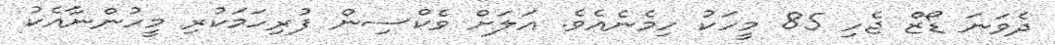
ދެވަނަ ޑޯޒް ޖެހި 85 މީހަކު ހިމެނެއެވެ. އަލަށް ވެކްސިން ފުރިހަމަކުރި މީހުންނާއެކު